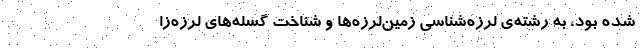
شده بود، به رشته‌ی لرزه‌شناسی زمین‌لرزه‌ها و شناخت گسله‌های لرزه‌زا